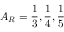
A _ { R } = \frac { 1 } { 3 } , \frac { 1 } { 4 } , \frac { 1 } { 5 }